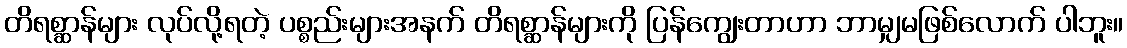
တိရစ္ဆာန်များ လုပ်လို့ရတဲ့ ပစ္စည်းများအနက် တိရစ္ဆာန်များကို ပြန်ကျွေးတာဟာ ဘာမျှမဖြစ်လောက် ပါဘူး။